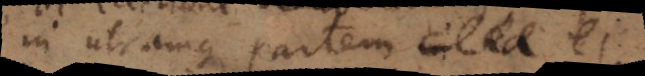
in utramque partem exitu